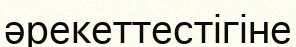
әрекеттестігіне